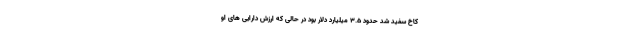
کاخ سفید شد حدود 3.5 میلیارد دلار بود در حالی که ارزش دارایی های او